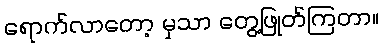
ရောက်လာတော့ မှသာ တွေ့ဖြုတ်ကြတာ။